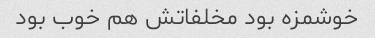
خوشمزه بود مخلفاتش هم خوب بود